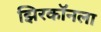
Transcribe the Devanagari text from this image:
झिरकॉनला